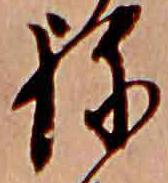
ね